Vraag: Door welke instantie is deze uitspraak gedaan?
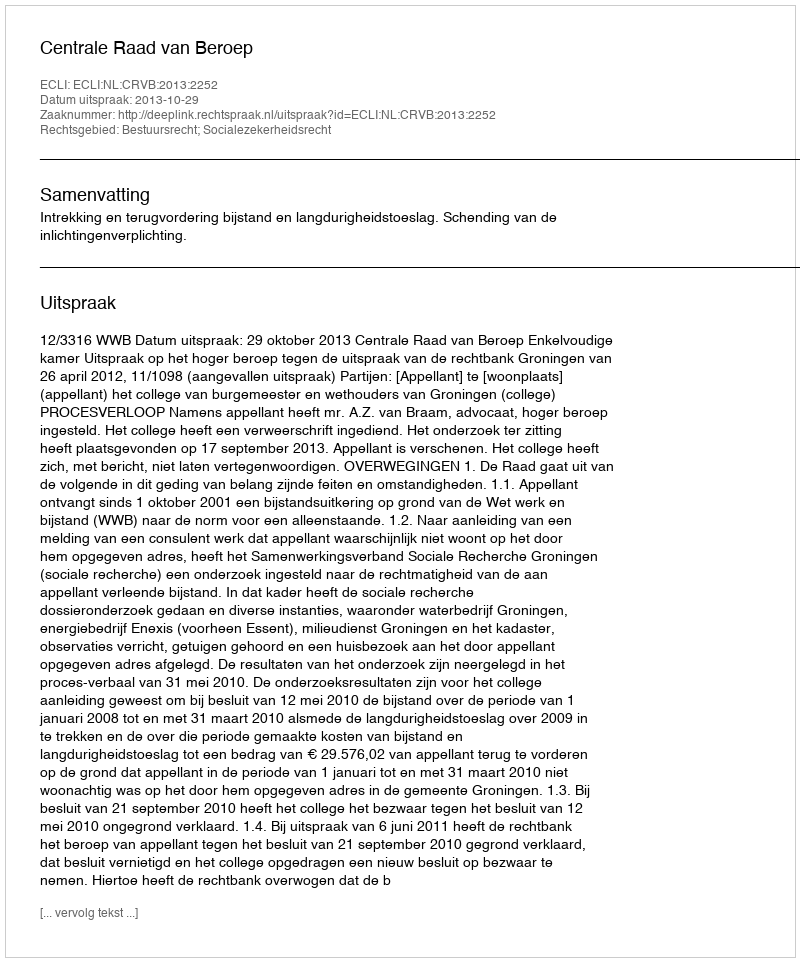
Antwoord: Centrale Raad van Beroep